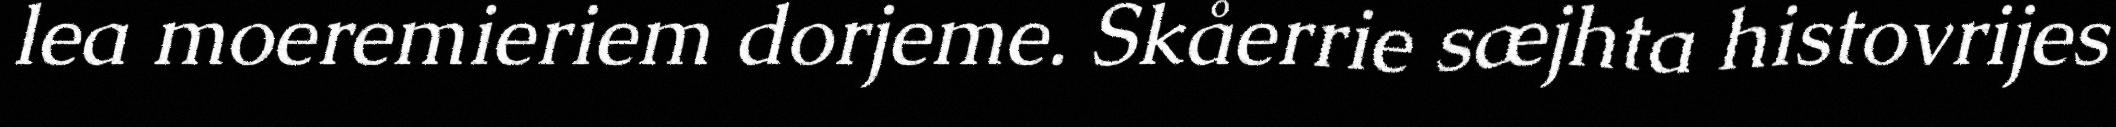
lea moeremieriem dorjeme. Skåerrie sæjhta histovrijes